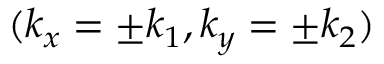
( k _ { x } = \pm k _ { 1 } , k _ { y } = \pm k _ { 2 } )